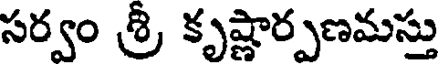
సర్వం శ్రీ కృష్ణార్పణమస్తు